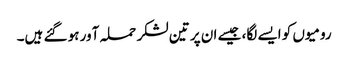
رومیوں کو ایسے لگا، جیسے ان پر تین لشکر حملہ آور ہو گئے ہیں۔